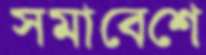
সমাবেশে